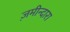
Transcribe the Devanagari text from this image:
ज़मीन्दारा